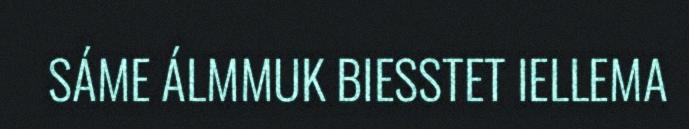
SÁME ÁLMMUK BIESSTET IELLEMA